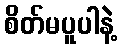
စိတ်မပူပါနဲ့